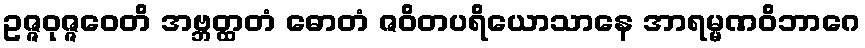
ဥဇ္ဇဝုဇ္ဇဝေတိ အဗ္ဘတ္ထတံ ဓောတံ ဇဝိတပရိယောသာနေ အာရမ္မဏဝိဘာဂေ